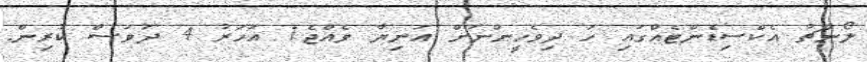
ލޯންޗު އެކްސިޑެންޓެއްގައި ހަ ދިވެހީންނަށް އަނިޔާ ވެއްޖެ1 އަހަރު 4 ދުވަސް ކުރިން.